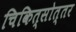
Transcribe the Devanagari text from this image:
चिकित्सोत्तर